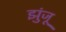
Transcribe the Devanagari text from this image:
झुंजू